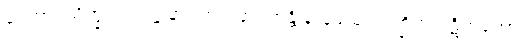
ဒွေဘာဂသိက္ခာပဒဝဏ္ဏနာ အာသနာရဟန္တိ နာမေသု ဘဏ္ဍိကံ ပဋိဟတော